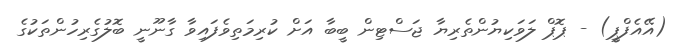
(އޭއެފްޕީ) - ޕޮޕް ލަވަކިޔުންތެރިޔާ ޖަސްޓިން ބީބާ އަށް ކުރިމަތިވެފައިވާ ގާނޫނީ ބޮލުގެރިހުންތަކުގެ